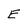
Character: E